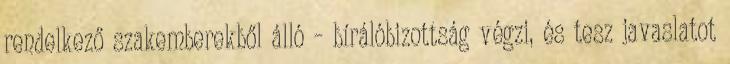
rendelkező szakemberekből álló – bírálóbizottság végzi, és tesz javaslatot